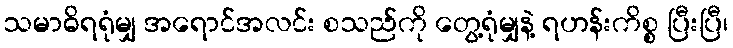
သမာဓိရရုံမျှ အရောင်အလင်း စသည်ကို တွေ့ရုံမျှနဲ့ ရဟန်းကိစ္စ ပြီးပြီ၊